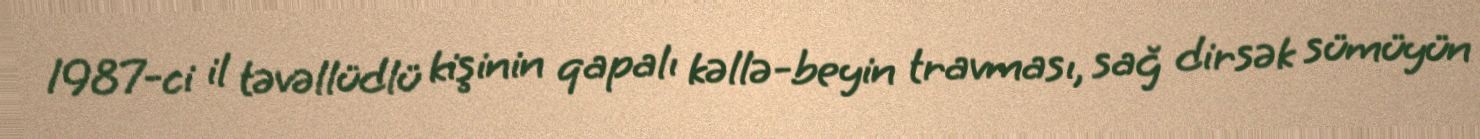
1987-ci il təvəllüdlü kişinin qapalı kəllə-beyin travması, sağ dirsək sümüyün